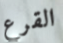
القرع